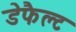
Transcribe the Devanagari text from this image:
डेफैल्ट